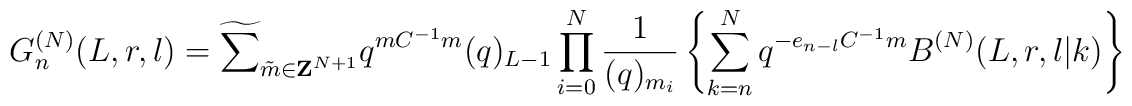
G_n^{(N)}(L,r,l)=\widetilde{\sum}_{\tilde{m}\in {\bf Z}^{N+1}}q^{mC^{-1}m}(q)_{L-1} \prod_{i=0}^N \frac{1}{(q)_{m_i}} \left\{ \sum_{k=n}^N q^{-e_{n-l}C^{-1}m}B^{(N)}(L,r,l|k)\right\}